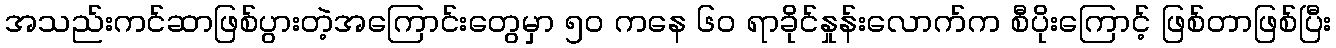
အသည်းကင်ဆာဖြစ်ပွားတဲ့အကြောင်းတွေမှာ ၅၀ ကနေ ၆၀ ရာခိုင်နှုန်းလောက်က စီပိုးကြောင့် ဖြစ်တာဖြစ်ပြီး